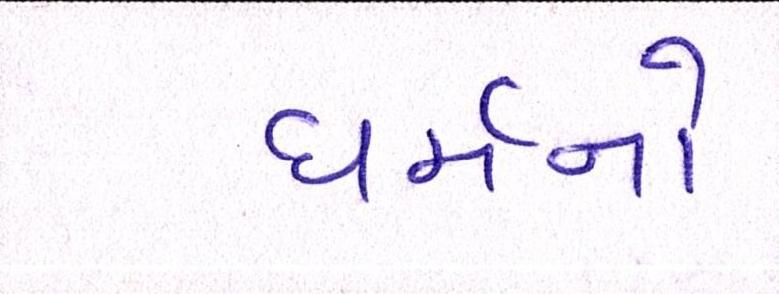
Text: ધર્મનો